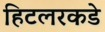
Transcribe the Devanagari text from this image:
हिटलरकडे